Report of the Imperial Institute of Veterinary Research, Muktesar
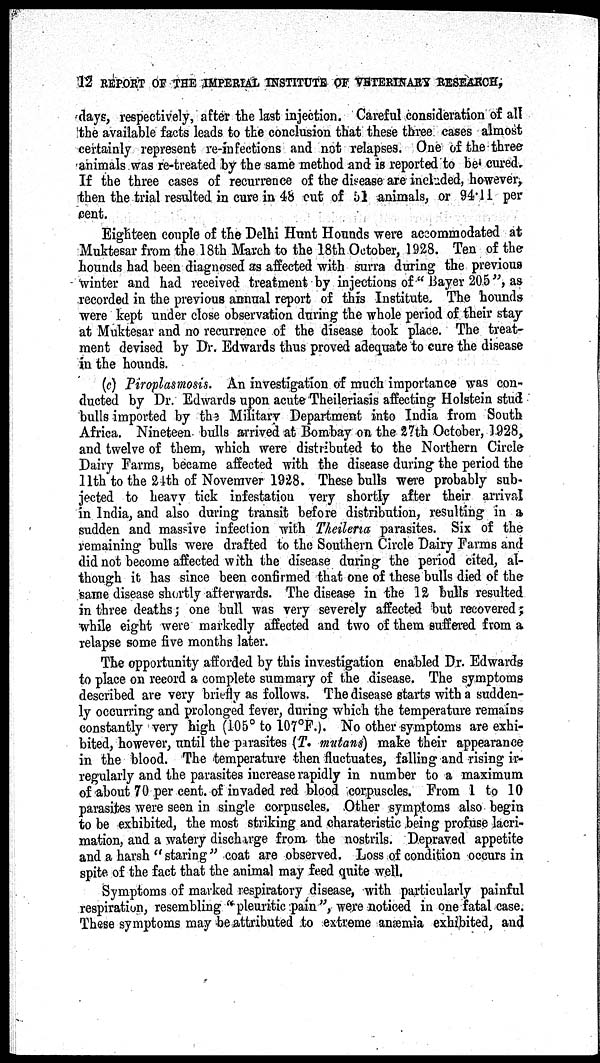
12 REPORT OF THE IMPERIAL INSTITUTE OF VETERINARY RESEARCH,
days, respectively, after the last injection. Careful consideration of all
the available facts leads to the conclusion that these three cases almost
certainly represent re-infections and not relapses. One of the three-
animals was re-treated by the same method and is reported to be cured.
If the three cases of recurrence of the disease are included, however,
then the trial resulted in cure in 48 cut of 51 animals, or 94.11 per
cent.
Eighteen couple of the Delhi Hunt Hounds were accommodated at
Muktesar from the 18th March to the 18th October, 1928. Ten of the
hounds had been diagnosed as affected with surra during the previous
winter and had received treatment by injections of" Bayer 20.5", as
recorded in the previous annual report of this Institute. The hounds
were kept under close observation during the whole period of their stay
at Muktesar and no recurrence of the disease took place. The treat-
ment devised by Dr. Edwards thus proved adequate to cure the disease
in the hounds.
(c) Piroplasmosis. An investigation of much importance was con-
ducted by Dr. Edwards upon acute Theileriasis affecting Holstein stud
bulls imported by the Military Department into India from South
Africa. Nineteen bulls arrived at Bombay on the 27th October, 1928,
and twelve of them, which were distributed to the Northern Circle
Dairy Farms, became affected with the disease during the period the
11th to the 24th of Novemver 1928. These bulls were probably sub-
jected to heavy tick infestation very shortly after their arrival
in India, and also during transit before distribution, resulting in a
sudden and massive infection with Theileria parasites. Six of the
remaining bulls were drafted to the Southern Circle Dairy Farms and
did not become affected with the disease during the period cited, al-
though it has since been confirmed that one of these bulls died of the
same disease shortly afterwards. The disease in the 12 bulls resulted
in three deaths; one bull was very severely affected but recovered;
while eight were markedly affected and two of them suffered from a
relapse some five months later.
The opportunity afforded by this investigation enabled Dr. Edwards
to place on record a complete summary of the disease. The symptoms
described are very briefly as follows. The disease starts with a sudden-
ly occurring and prolonged fever, during which the temperature remains
constantly very high (105° to 107°F.). No other symptoms are exhi-
bited, however, until the parasites (T. mutans) make their appearance
in the blood. The temperature then fluctuates, falling and rising ir-
regularly and the parasites increase rapidly in number to a maximum
of about 70 per cent. of invaded red blood corpuscles. From 1 to 10
parasites were seen in single corpuscles. Other symptoms also begin
to be exhibited, the most striking and charateristic being profuse lacri-
mation, and a watery discharge from the nostrils. Depraved appetite
and a harsh "staring" coat are observed. Loss of condition occurs in
spite of the fact that the animal may feed quite well.
Symptoms of marked respiratory disease, with particularly painful
respiration, resembling "pleuritic pain", were noticed in one fatal case.
These symptoms may be attributed to extreme anæmia exhibited, and